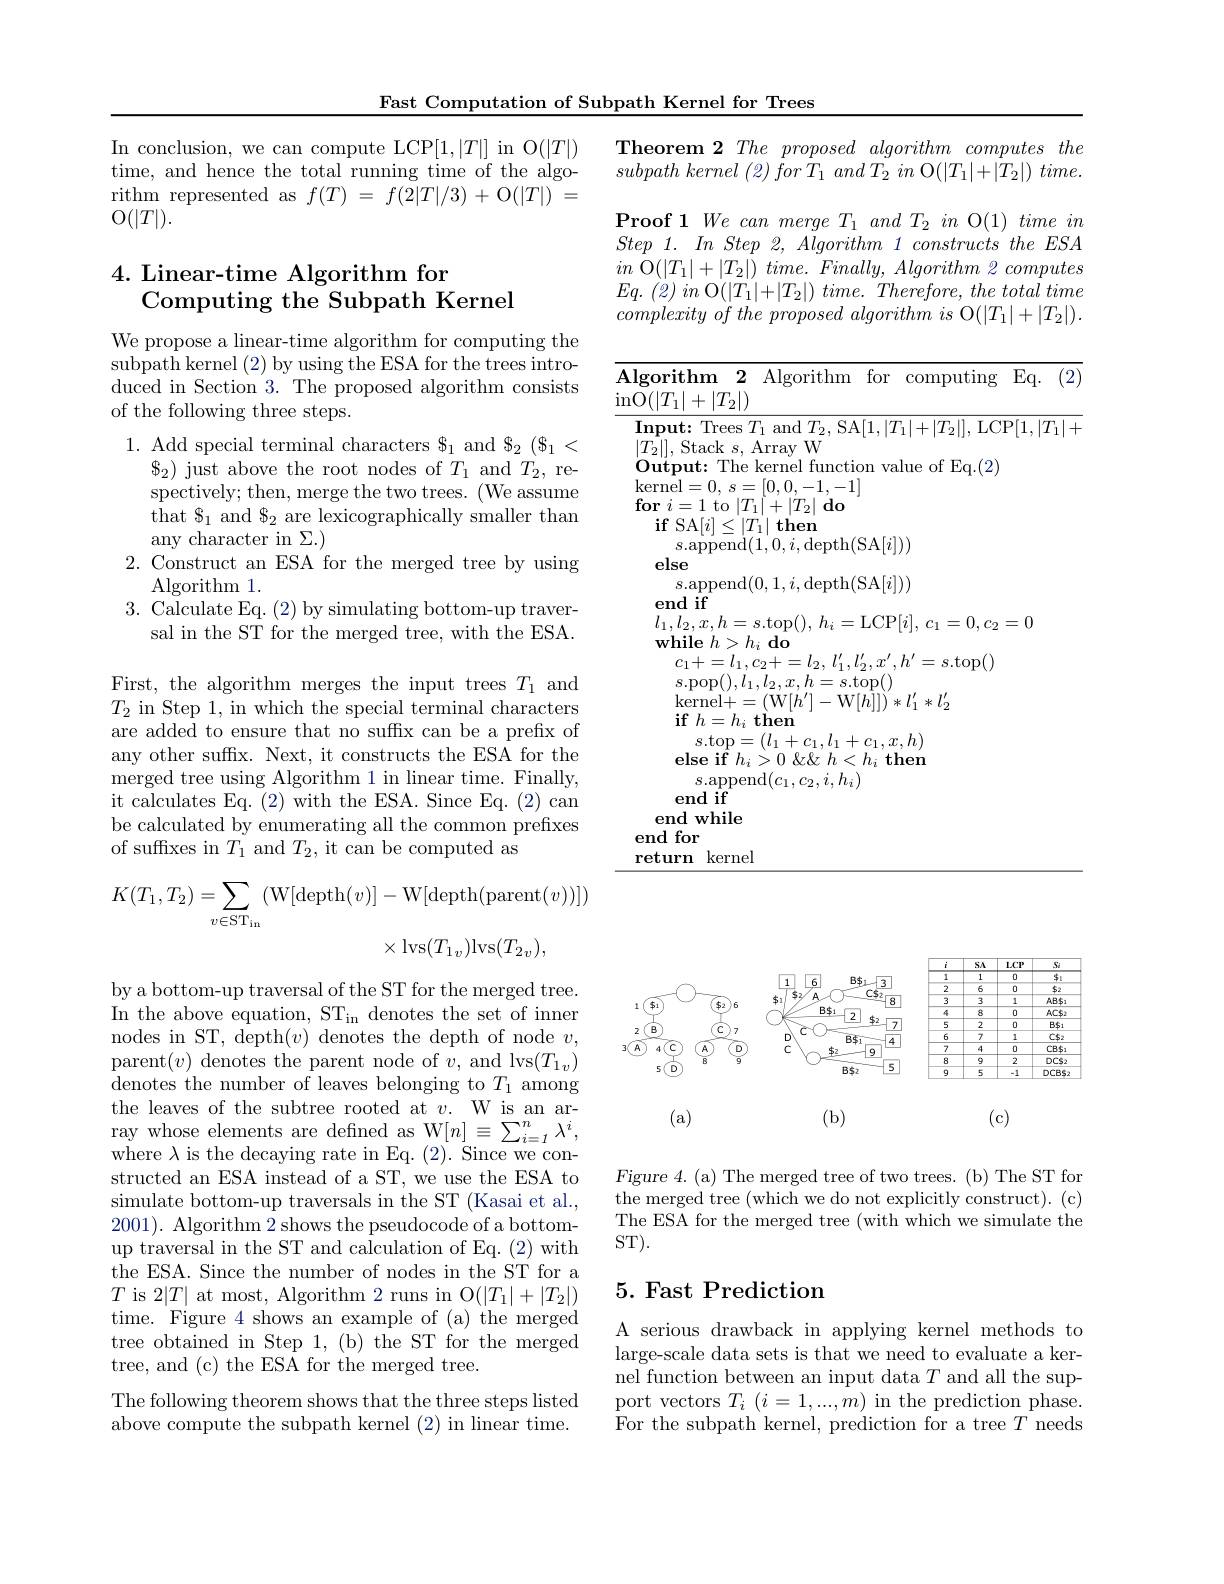
Fast Computation of Subpath Kernel for Trees

$\begin{array}{l}\mathrm{In~conclusion,~we~can~compute~LCP}[1,|T|]&\mathrm{in~O}(|T|)\\\mathrm{time,~and~hence~the~total~running~time~of~the~algo-}\end{array}$ rithm represented as $f(T)=f(2|T|/3)+$O$(|T|)=$ $\mathcal{O}(|T|).$

### 4. Linear-time Algorithm for Computing the Subpath Kernel

We propose a linear-time algorithm for computing the subpath kernel (2) by using the ESA for the trees introduced in Section 3. The proposed algorithm consists of the following three steps.

1. Add special terminal ch
$\$_{2})$ just above the root spectively; then, merge the two trees. (We assume that $\$_1$ and $\$_2$ are lexicographically smaller than any character in $\Sigma.)$
2. Construct an ESA for the merged tree by using
Algorithm 1.
3. Calculate Eq. (2) by simulating bottom-up traver-
sal in the ST for the merged tree, with the ESA.

First, the algorithm merges the input trees $T_1$ and $T_2$ in Step 1, in which the special terminal characters are added to ensure that no suffix can be a prefix of any other suffx. Next, it constructs the ESA for the merged tree using Algorithm 1 in linear time. Finally, it calculates Eq. (2) with the ESA. Since Eq. (2) can be calculated by enumerating all the common prefixes of suffixes in $T_1$ and $T_2$, it can be computed as
$$\begin{aligned}K(T_1,T_2)=\sum_{v\in\mathrm{ST}_{\mathrm{in}}}(\mathrm{W}[\mathrm{depth}(v)]-\mathrm{W}[\mathrm{depth}(\mathrm{parent}(v))])\\\times\mathrm{lvs}(T_{1v})\mathrm{lvs}(T_{2v}),\end{aligned}$$
by a bottom-up traversal of the ST for the merged tree. In the above equation, STin denotes the set of inner nodes in ST, depth$(v)$ denotes the depth of node $v$, parent$(v)$ denotes the parent node of $v$, and lvs$(T_1v)$ ${\mathrm{denotes~the~number~of~leaves~belonging~to~}T_{1}}$ among the leaves of the subtree rooted at $v.$ W is an array whose elements are defined as W$[n]\equiv\sum_i=1^n\lambda^i$, where $\lambda$ is the decaying ra structed an ESA instead of a simulate bottom-up traversals in the ST (Kasai et al., 2001). Algorithm 2 shows the pseudocode of a bottomup traversal in the ST and calculation of Eq. (2) with the ESA. Since the number of nodes in the ST for a $T$ is 2$|T|$ at most, Algorithm 2 runs in O$(|T_1|+|T_2|)$ time. Figure 4 shows an example of (a) the merged tree obtained in Step 1, (b) the ST for the merged tree, and (c) the ESA for the merged tree.
The following theorem shows that the three steps listed above compute the subpath ke

Theorem 2 The proposed algorithm computes the $subpath\textit{ kernel ( 2) for T}_{1}\textit{ and T}_{2}\textit{ in O}( | T_{1}| + | T_{2}| ) \textit{ time. }$ $\textbf{Proof 1 We can merge }T_{1}$ Step 1. $In$ Step 2, Algorith $in$ O$( | T_{1}| + | T_{2}| ) \textit{ time. Finally, Algorithm 2 computes}$ $Eq.$ (2) $in$ $\mathcal{O} ( | T_{1}| + | T_{2}| )$ $time.$ $Therefore$, the total time $complexity\textit{ of the proposed algorithm is O}( | T_{1}| + | T_{2}| ) .$

$\overline{\mathrm{Algorithm}\:2\:\mathrm{Algorithm}\:\mathrm{for}\:\mathrm{computing}\:\mathrm{Eq.}\:(2)}$

$\underline{\mathrm{inO}(|T_1|+|T_2|)}$

$\mathbf{Input:~Trees~}T_{1}$ and $T_2$,SA$[1,|T_1|+|T_2|]$, LCP$[1,|T_1|+$

$|T_{2}|]$, Stack $s$, Array W

$\mathbf{Output:~The~kernel~function~value~of~Eq.(2)}$

$\operatorname { kernel} = 0$, $s= [ 0, 0, - 1, - 1]$

$\textbf{for }i= 1$ to $| T_{1}| + | T_{2}| \textbf{ do}$

$\textbf{if SA}[ i] \leq | T_{1}| \textbf{then}$

$s.$append$(\tilde{1},0,i$,depth

else

$s.$append$(0,1,i$,depth(SA$[i]))$

end if

$l_{1},l_{2},x,h=s.$top(), $h_{i}=$LCP$[ i] $, $c_{1}= 0, c_{2}= 0$

$\textbf{while }h> h_{i}$ do

$\begin{array}{l}{c_{1}+=l_{1},c_{2}+=l}\end{array}$

$\textbf{if }h= h_{i}$ then

$\begin{array}{c}s.\mathrm{top}=(l_1+c_1,l_1+c\end{array}$

$s.$append$(c_1,c_2,i,h_i)$

end if

end while

end for

return kernel

<FigureHere>

Figure 4. (a) The merged tree of two trees. (b) The ST for the merged tree (which we do not explicitly construct). (c) The ESA for the merged tree (with which we simulate the ST).

## 5. Fast Prediction

A serious drawback in applyi large-scale data sets is that we need to evaluate a kernel function between an input data $T$ and all the sup- $\operatorname { \text{port vectors}} T_{i}$ $( i= 1, . . . , m)$in the prediction phase. For the subpath kernel, prediction for a tree $T$ needs